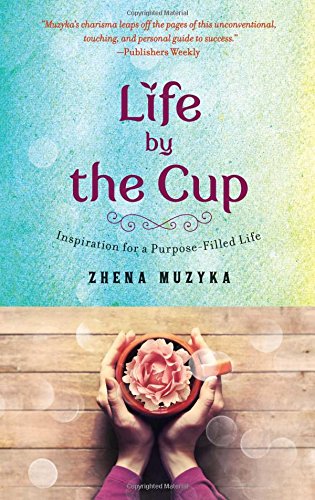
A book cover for Life by the Cup: Inspiration for a Purpose-Filled Life; Zhena Muzyka; Business & Money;